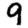
Digit: 9